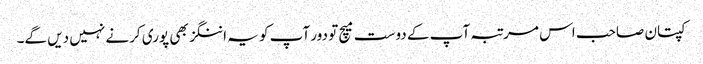
کپتان صاحب اس مرتبہ آپ کے دوست میچ تو دور آپ کو یہ اننگز بھی پوری کرنے نہیں دیں گے۔